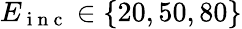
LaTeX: E_{\mathrm{~i~n~c~}}\in\{ 20,50,80\}